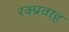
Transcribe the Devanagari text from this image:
रक्प्रवाह